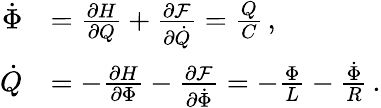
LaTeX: \begin{array}{rl}{\dot{\Phi}}&{=\frac{\partial H}{\partial Q}+\frac{\partial\mathcal{F}}{\partial\dot{Q}}=\frac{Q}{C}\, ,}\\ {\dot{Q}}&{=-\frac{\partial H}{\partial\Phi}-\frac{\partial\mathcal{F}}{\partial\dot{\Phi}}=-\frac{\Phi}{L}-\frac{\dot{\Phi}}{R}\, .}\end{array}